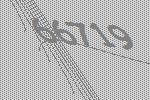
66719